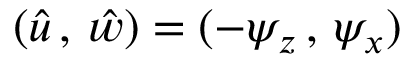
( \hat { u } \, , \, \hat { w } ) = ( - \psi _ { z } \, , \, \psi _ { x } )